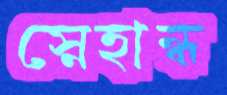
স্নেহান্ধ